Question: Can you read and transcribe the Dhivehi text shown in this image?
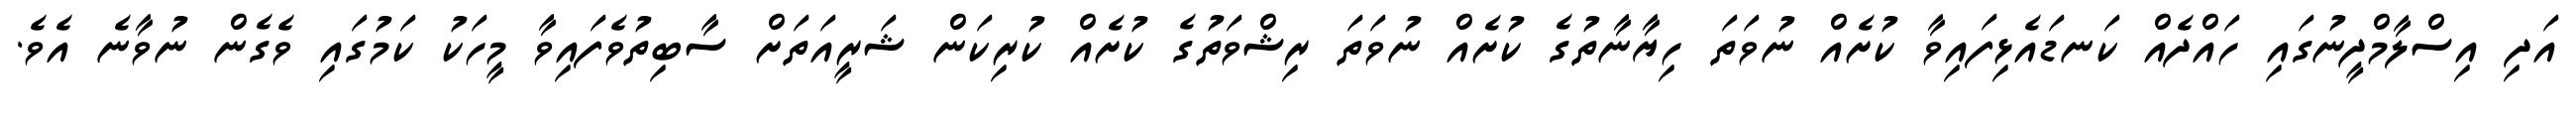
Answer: އަދި އިސްލާމްދީނުގައި ހައްދެއް ކަނޑައެޅިފައިވާ ކުށެއް ނުވަތަ ހިޔާނާތުގެ ކުށެއް ނުވަތަ ރިޝްވަތުގެ ކުށެއް ކުރިކަން ޝަރީއަތަށް ސާބިތުވެފައިވާ މީހަކު ކަމުގައި ވެގެން ނުވާނެ އެވެ.